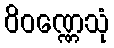
ဝိဝဏ္ဏေသုံ